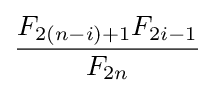
{\frac {F_{2(n-i)+1}F_{2i-1}}{F_{2n}}}